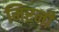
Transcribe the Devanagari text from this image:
मिरनी